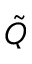
\tilde { Q }